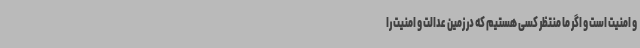
و امنیت است و اگر ما منتظر کسی هستیم که در زمین عدالت و امنیت را